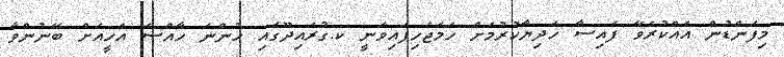
މިފަންޑުން އެއްކުރެވޭ ފައިސާ ހަދިޔާކުރުމަށް ހަމަޖެހިފައިވަނީ ކ.ގުރައިދޫގައި ހުންނަ ހާއްސަ އެހީއަށް ބޭނުންވާ